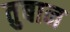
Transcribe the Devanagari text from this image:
तुबान